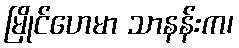
မြိုင်ဟေမာ သာနန်းက၊